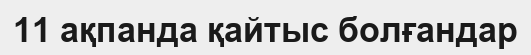
11 ақпанда қайтыс болғандар